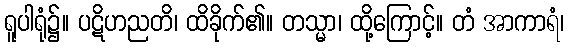
ရူပါရုံ၌။ ပဋိဟညတိ၊ ထိခိုက်၏။ တသ္မာ၊ ထို့ကြောင့်။ တံ အာကာရံ၊